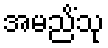
အမညိံသု